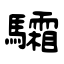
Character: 驦